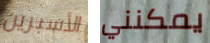
الأسبرين يمكنني